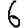
Digit: 6